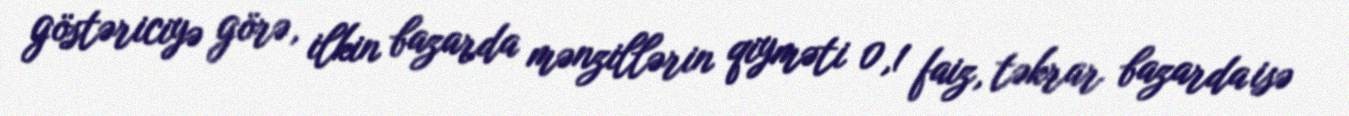
göstəriciyə görə, ilkin bazarda mənzillərin qiyməti 0,1 faiz, təkrar bazarda isə